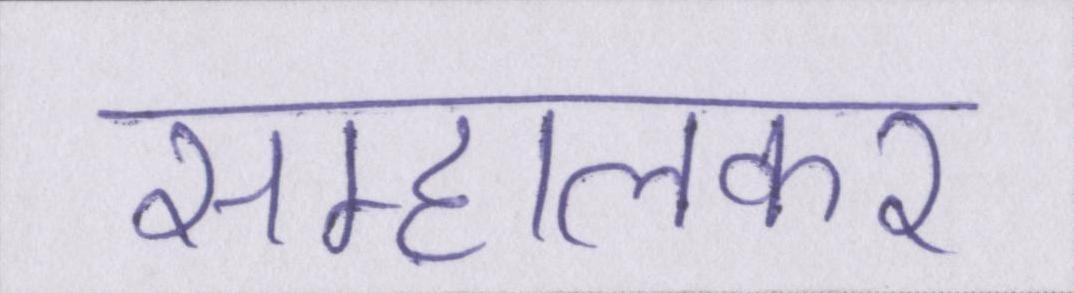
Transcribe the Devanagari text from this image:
सम्हालकर